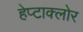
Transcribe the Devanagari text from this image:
हेप्‍टाक्‍लोर